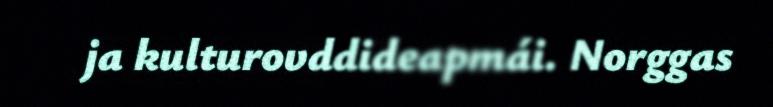
ja kulturovddideapmái. Norggas